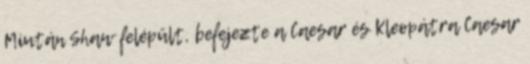
Miután Shaw felépült, befejezte a Caesar és Kleopátra Caesar